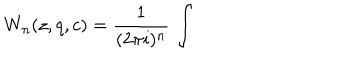
W _ { n } ( z , q , c ) = \frac { 1 } { ( 2 \pi i ) ^ { n } } \, \int